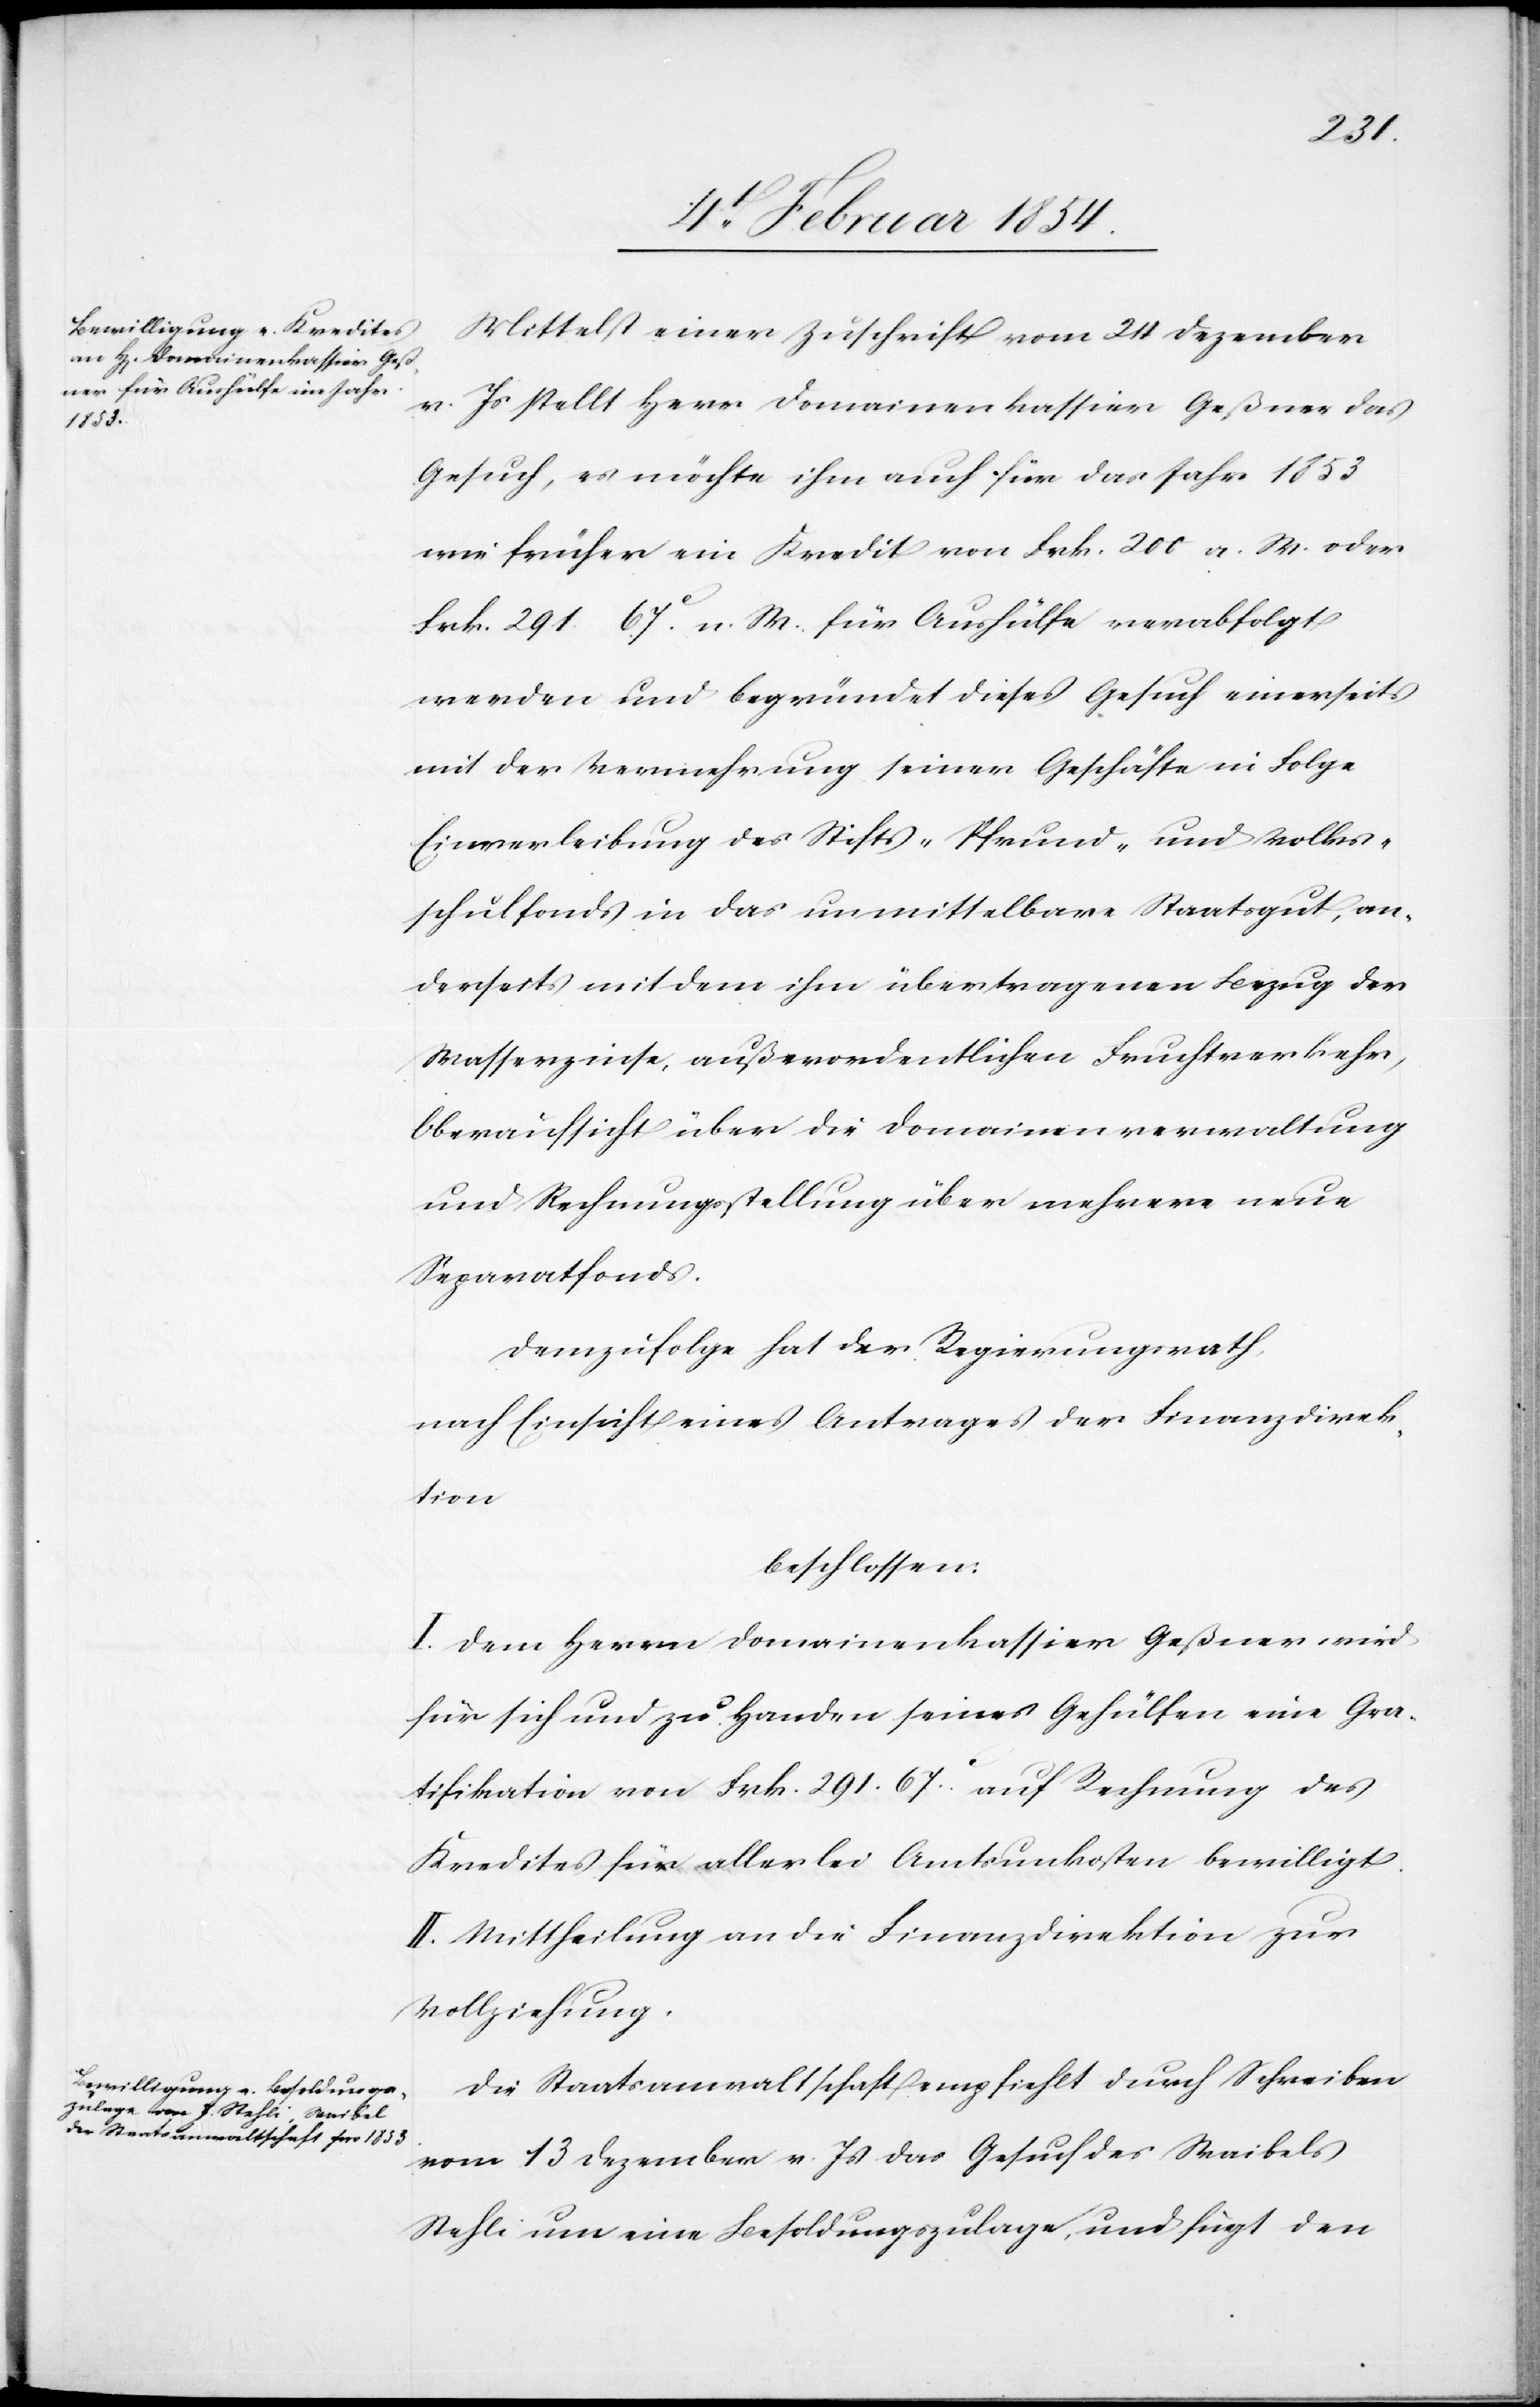
Mittelst einer Zuschrift vom 24 Dezember
v. Js stellt Herr Domainenkassier Geßner das
Gesuch, es möchte ihm auch für das Jahr 1853
wie früher ein Kredit von Frk. 200 a. M. oder
Frk. 291 67.c n. M. für Aushülfe verabfolgt
werden und begründet dieses Gesuch einerseits
mit der Vermehrung seiner Geschäfte in Folge
Einverleibung des Stifts-[,] Pfründ- und Volks¬
schulfonds in das unmittelbare Staatsgut, an¬
derseits mit dem ihm übertragenen Bezug der
Wasserzinse, außerordentlichen Fruchtverkehr,
Oberaufsicht über die Domainenverwaltung
und Rechnungsstellung über mehrere neue
Separatfonds.
Demzufolge hat der Regierungsrath,
nach Einsicht eines Antrages der Finanzdirek¬
tion
beschlossen:
I. Dem Herrn Domainenkassier Geßner wird
für sich und zu Handen seines Gehülfen eine Gra¬
tifikation von Frk. 291. 67.c auf Rechnung des
Kredites für allerlei Amtsunkosten bewilligt.
II. Mittheilung an die Finanzdirektion zur
Vollziehung.
Die Staatsanwaltschaft empfiehlt durch Schreiben
vom 13 Dezember v. Js das Gesuch des Waibels
Stehli um eine Besoldungszulage, und fügt den